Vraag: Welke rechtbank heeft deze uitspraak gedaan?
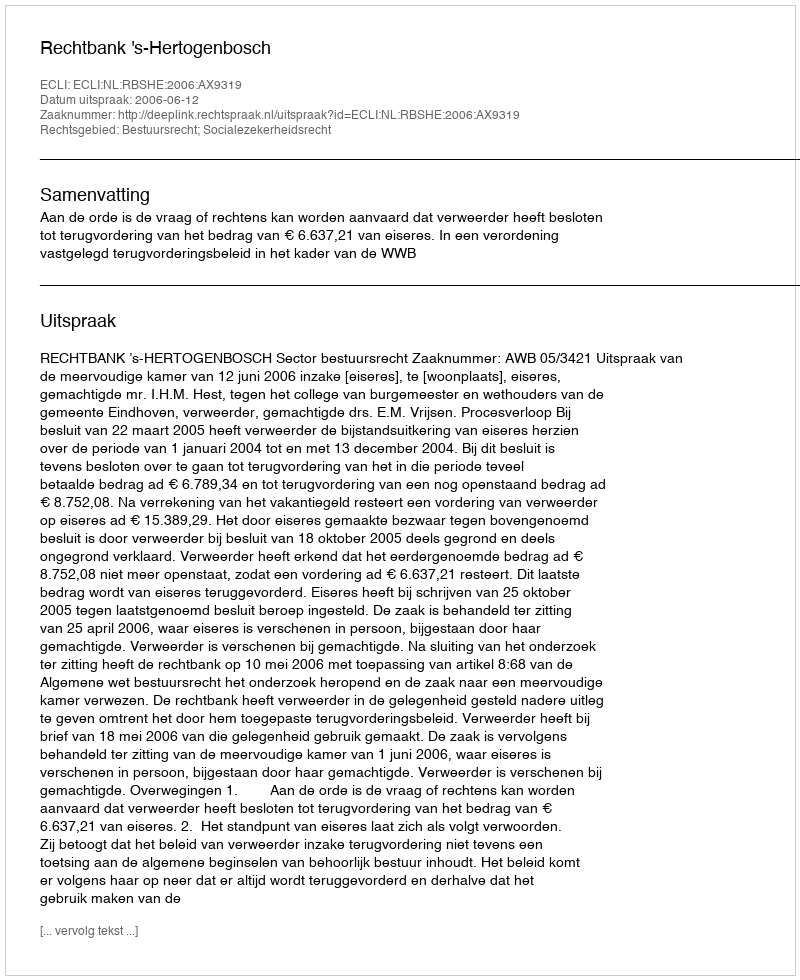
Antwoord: Rechtbank 's-Hertogenbosch